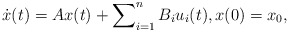
\begin{align*} \dot{x}(t) = A x(t) + \sum\nolimits_{i=1}^n B_i u_i(t), x(0)=x_0, \end{align*}